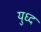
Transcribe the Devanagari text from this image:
युध्‍द